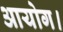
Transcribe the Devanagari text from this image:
आयोग।